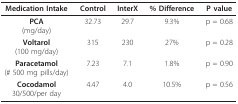
| Medication Intake | Control | InterX | % Difference | P value |
 | --- | --- | --- | --- | --- |
 | PCA(mg/day) | 32.73 | 29.7 | 9.3% | p = 0.68 |
 | Voltarol(100 mg/day) | 315 | 230 | 27% | p = 0.28 |
 | Paracetamol(# 500 mg pills/day) | 7.23 | 7.1 | 1.8% | p = 0.90 |
 | Cocodamol30/500/per day | 4.47 | 4.0 | 10.5% | p = 0.56 |